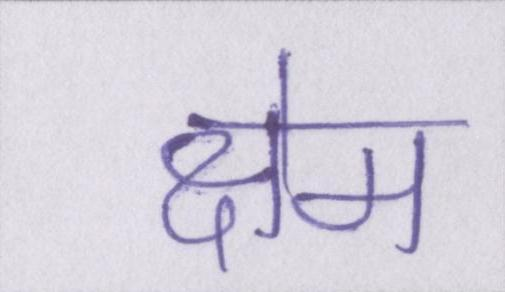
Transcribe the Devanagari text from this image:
क्षेम